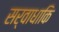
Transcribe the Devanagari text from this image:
सर्वाधाकि